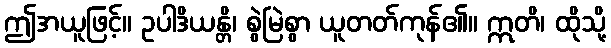
ဤအယူဖြင့်။ ဥပါဒိယန္တိ၊ စွဲမြဲစွာ ယူတတ်ကုန်၏။ ဣတိ၊ ထိုသို့